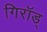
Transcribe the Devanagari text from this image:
गिरॉड्